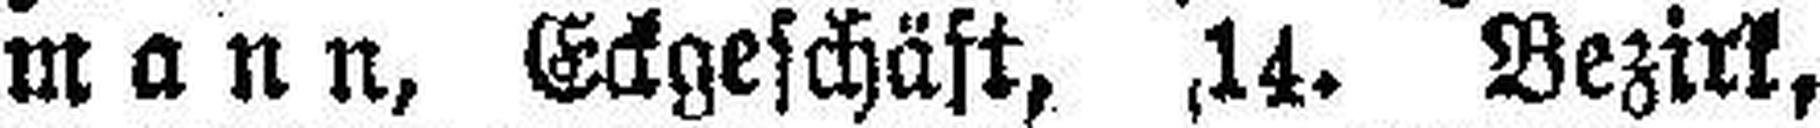
mann, Eckgeschäft, 14. Bezirk,